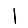
Digit: 1